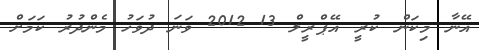
އޭނާ މިކަން ކުރީ އޭޕްރީލް 13 2012 ވަނަ ދުވަހު މެންދުރު ކަމަށް